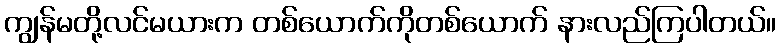
ကျွန်မတို့လင်မယားက တစ်ယောက်ကိုတစ်ယောက် နားလည်ကြပါတယ်။